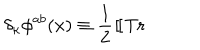
LaTeX: \delta _ { \kappa } \phi ^ { a b } ( x ) \equiv { \frac 1 2 } ~ [ \kern - 0 . 4 5 e m \llap ~ [ ~ \mathrm { T r } ~